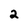
Character: 2